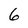
Character: 6